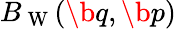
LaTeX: B_{\mathrm{~W~}}(\b{q},\b{p})